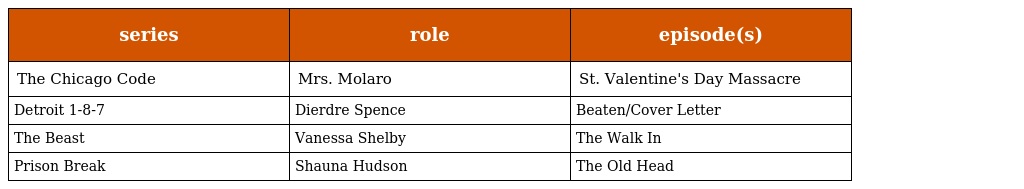
| series | role | episode(s) |
 | --- | --- | --- |
 | The Chicago Code | Mrs. Molaro | St. Valentine's Day Massacre |
 | Detroit 1-8-7 | Dierdre Spence | Beaten/Cover Letter |
 | The Beast | Vanessa Shelby | The Walk In |
 | Prison Break | Shauna Hudson | The Old Head |